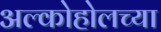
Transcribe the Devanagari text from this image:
अल्कोहोलच्या